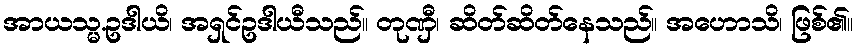
အာယသ္မ.ဥဒါယိ၊ အရှင်ဥဒါယီသည်။ တုဏှီ၊ ဆိတ်ဆိတ်နေသည်။ အဟောသိ၊ ဖြစ်၏။